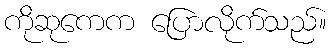
ကိုဆုကေက ပြောလိုက်သည်။